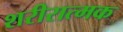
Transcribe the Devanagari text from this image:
शरीरात्मक